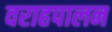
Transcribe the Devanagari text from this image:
वराहपालन